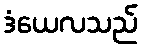
ဒံယေလသည်